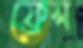
ফ্রেস